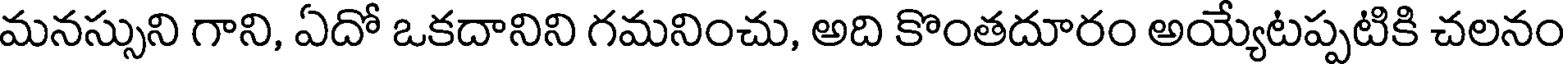
మనస్సుని గాని, ఏదో ఒకదానిని గమనించు, అది కొంతదూరం అయ్యటప్పటికి చలనం